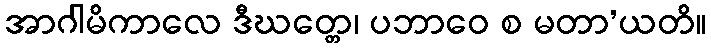
အာဂါမိကာလေ ဒီဃတ္တေ၊ ပဘာဝေ စ မတာ’ယတိ။